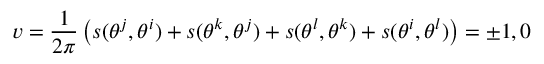
v = \frac 1 { 2 \pi } \left( s ( \theta ^ { j } , \theta ^ { i } ) + s ( \theta ^ { k } , \theta ^ { j } ) + s ( \theta ^ { l } , \theta ^ { k } ) + s ( \theta ^ { i } , \theta ^ { l } ) \right) = \pm 1 , 0